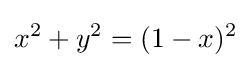
x^{2}+y^{2}=(1-x)^{2}